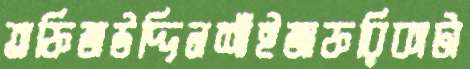
তফিজউদ্দিনশাঁইজাফরিকাটা